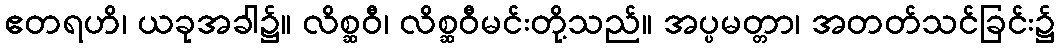
ဧတရဟိ၊ ယခုအခါ၌။ လိစ္ဆဝီ၊ လိစ္ဆဝီမင်းတို့သည်။ အပ္ပမတ္တာ၊ အတတ်သင်ခြင်း၌